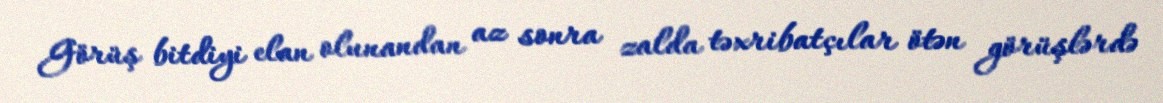
Görüş bitdiyi elan olunandan az sonra zalda təxribatçılar ötən görüşlərdə